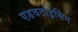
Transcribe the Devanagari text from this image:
एडवर्टाइसिंग